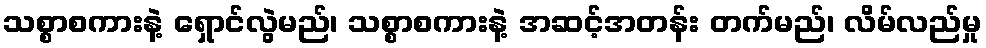
သစ္စာစကားနဲ့ ရှောင်လွဲမည်၊ သစ္စာစကားနဲ့ အဆင့်အတန်း တက်မည်၊ လိမ်လည်မှု